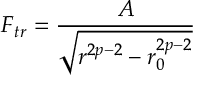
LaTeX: F _ { t r } = \frac { A } { \sqrt { r ^ { 2 p - 2 } - r _ { 0 } ^ { 2 p - 2 } } }